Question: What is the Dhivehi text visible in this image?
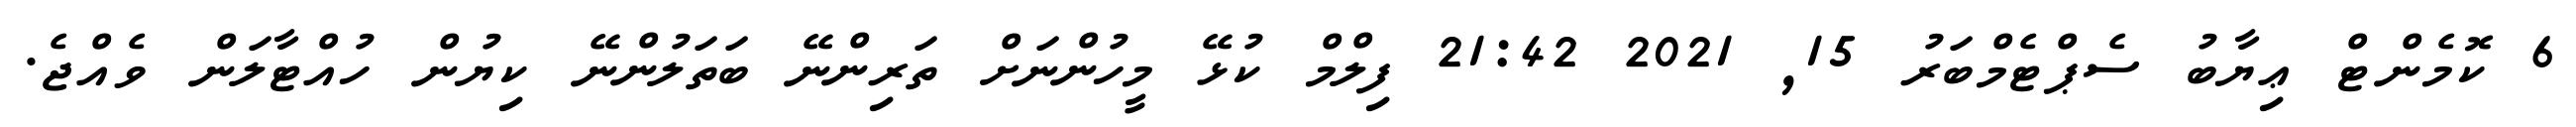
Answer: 6 ކޮމެންޓް ޢިޔާބު ސެޕްޓެމްބަރު 15, 2021 21:42 ފިލްމް ކުޅޭ މީހުންނަށް ތަރިންނޭ ބަތަލުންނޭ ކިޔުން ހުއްޓާލަން ވެއްޖެ.